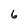
Character: 6